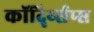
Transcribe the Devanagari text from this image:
कॉर्द्य्सिप्स